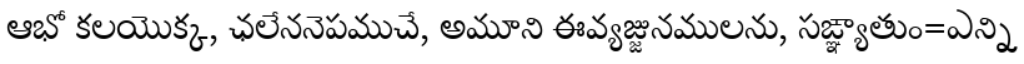
ఆభో కలయొక్క, ఛలేననెపముచే, అమూని ఈవ్యజ్జునములను, సఙ్ఞ్యాతుం=ఎన్ని